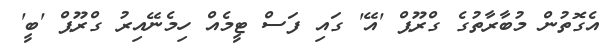
އެގޮތުން މުބާރާތުގެ ގްރޫޕް 'އޭ' ގައި ފަސް ޓީމެއް ހިމެނޭއިރު ގްރޫޕް 'ބީ'